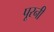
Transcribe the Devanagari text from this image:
पूरनी